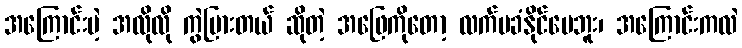
အကြောင်းမဲ့ အလိုလို ကွဲပြားတယ် ဆိုတဲ့ အဖြေကိုတော့ လက်မခံနိုင်ပေဘူး၊ အကြောင်းကလဲ